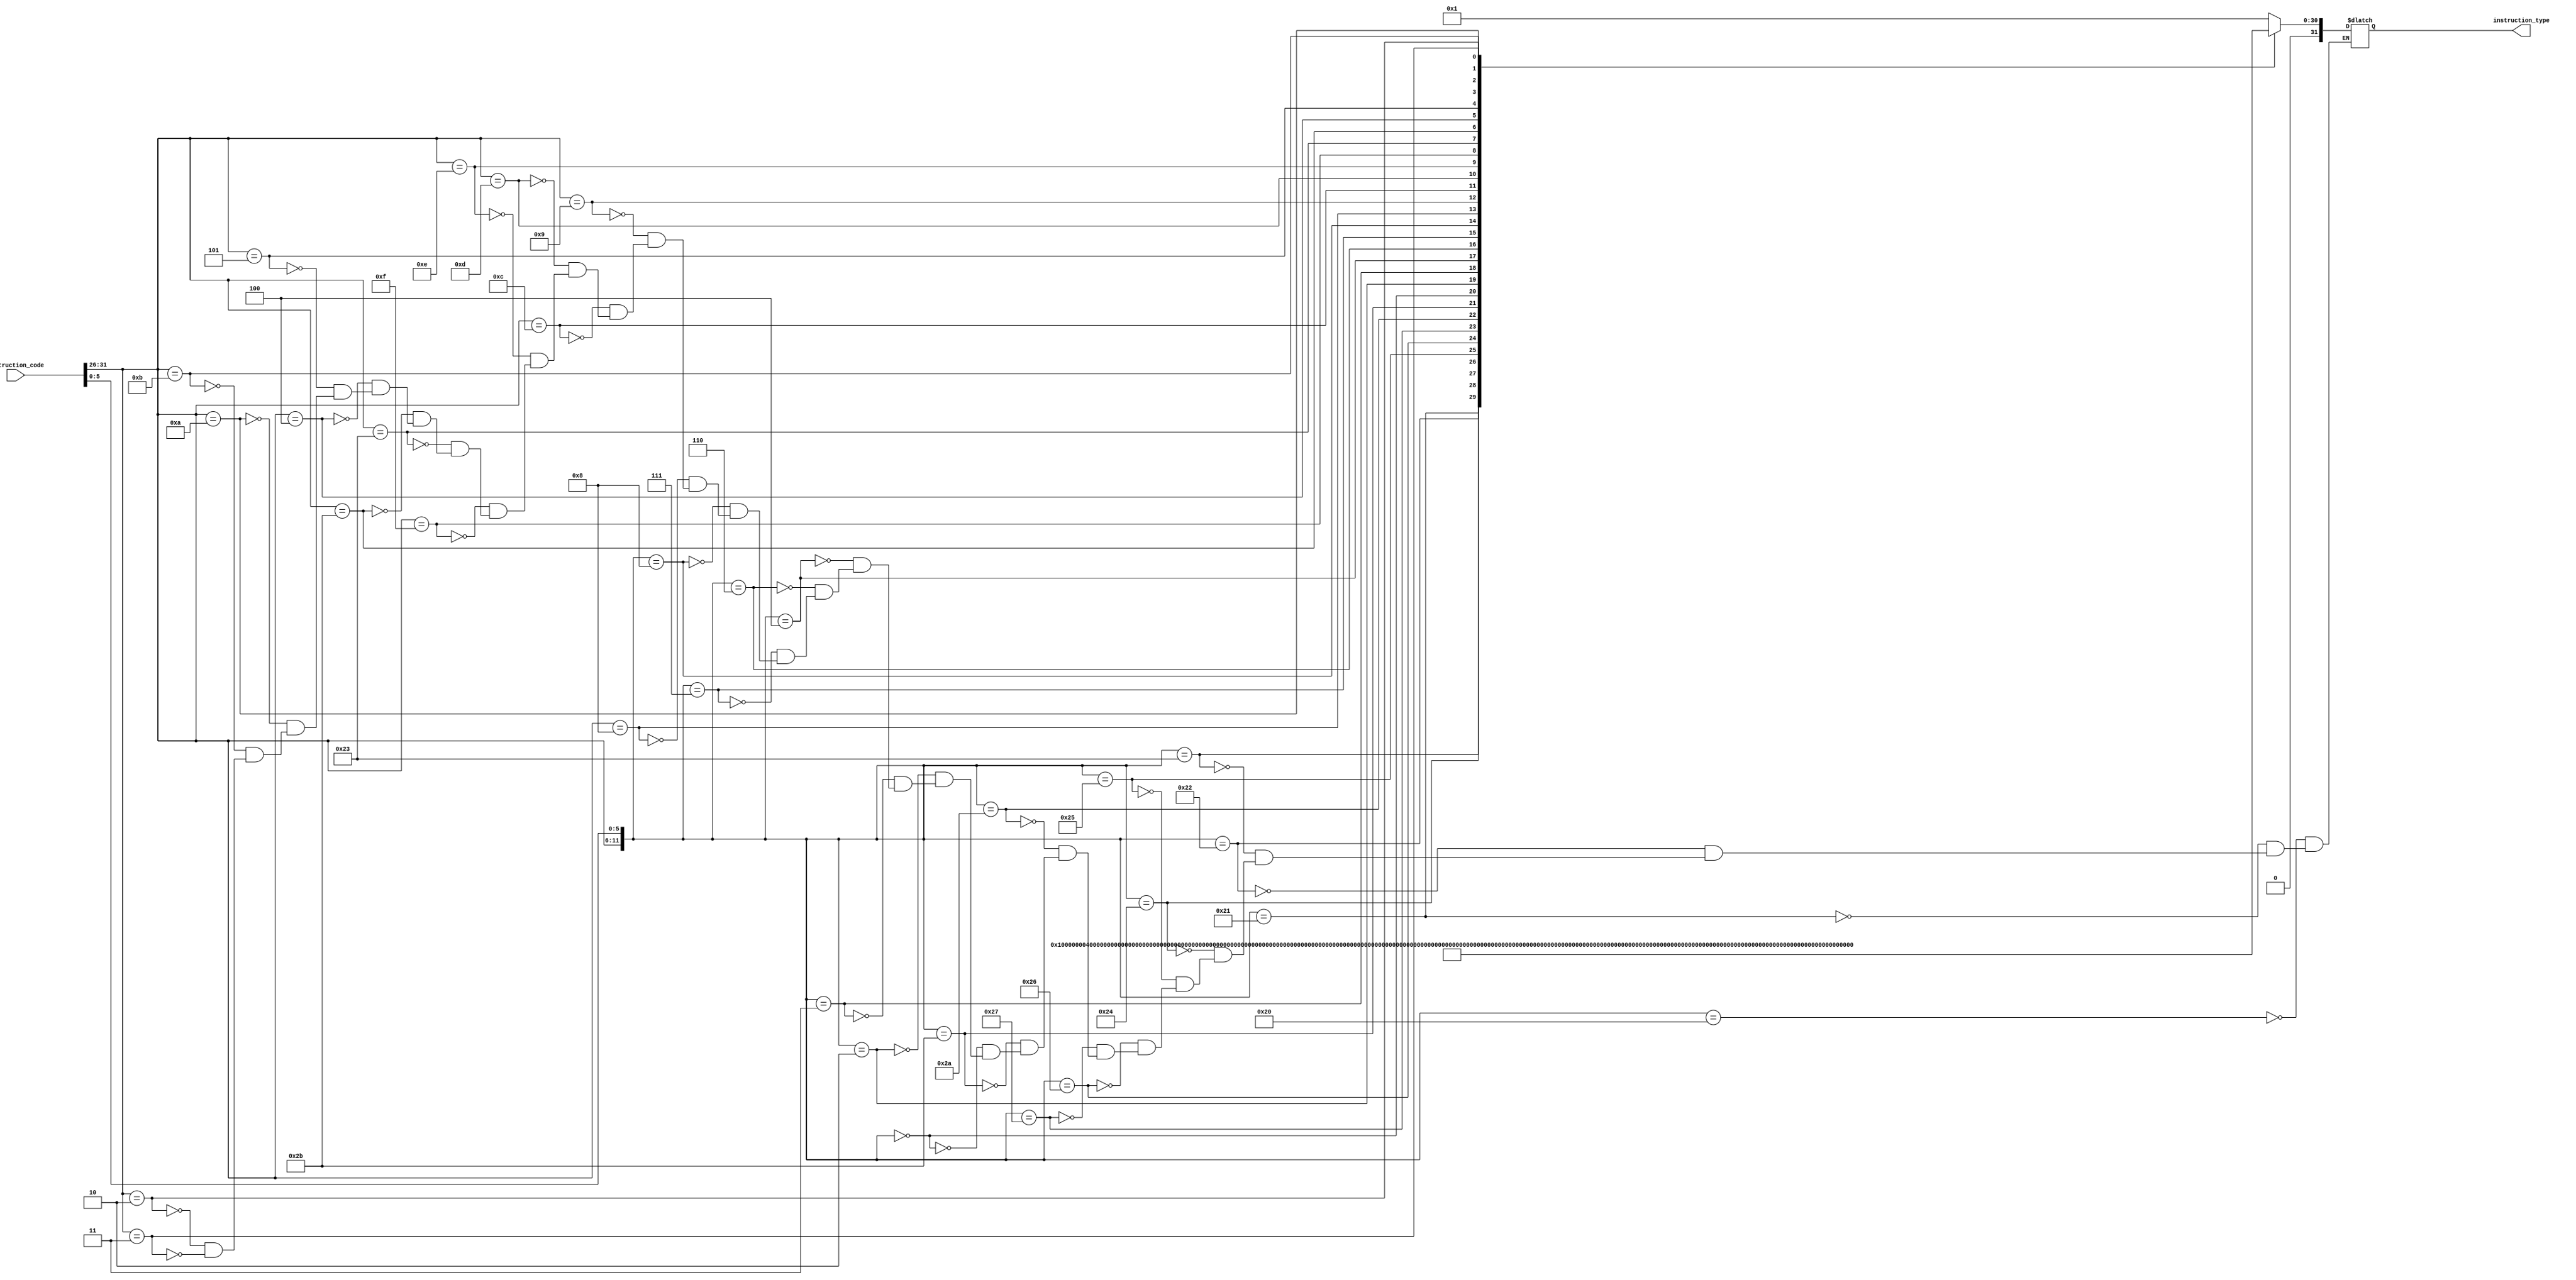
`timescale 1ns / 1ps
//////////////////////////////////////////////////////////////////////////////////
// Company: 
// Engineer: 
// 
// Design Name: 
// Module Name: instrcution_decoder
// Project Name: 
// Target Devices: 
// Tool Versions: 
// Description: 
// 
// Dependencies: 
// 
// Revision:
// Revision 0.01 - File Created
// Additional Comments:
// 
//////////////////////////////////////////////////////////////////////////////////


module instruction_decoder( input [31:0] instruction_code,output reg[31:0] instruction_type);
//
wire [11:0] temp;
assign temp = {instruction_code[31:26],instruction_code[5:0]};
//32~26op5~0func321

always @ (temp) begin
casez(temp)
   12'b000000100000:instruction_type=1<<0;//ADD
   12'b000000100001:instruction_type=1<<1;//ADDU
   12'b000000100010:instruction_type=1<<2;//SUB
   12'b000000100011:instruction_type=1<<3;//SUBU
   12'b000000100100:instruction_type=1<<4;//AND
   12'b000000100101:instruction_type=1<<5;//OR
   12'b000000100110:instruction_type=1<<6;//XOR
   12'b000000100111:instruction_type=1<<7;//NOR
   12'b000000101010:instruction_type=1<<8;//SLT
   12'b000000101011:instruction_type=1<<9;//SLTU
   12'b000000000000:instruction_type=1<<10;//SLL
   12'b000000000010:instruction_type=1<<11;//SRL
   12'b000000000011:instruction_type=1<<12;//SRA
   12'b000000000100:instruction_type=1<<13;//SLLV
   12'b000000000110:instruction_type=1<<14;//SRLV
   12'b000000000111:instruction_type=1<<15;//SRAV
   12'b000000001000:instruction_type=1<<16;//JR
   12'b001000??????:instruction_type=1<<17;//ADDI
   12'b001001??????:instruction_type=1<<18;//ADDIU
   12'b001100??????:instruction_type=1<<19;//ANDI
   12'b001101??????:instruction_type=1<<20;//ORI
   12'b001110??????:instruction_type=1<<21;//XORI
   12'b001111??????:instruction_type=1<<22;//LUI
   12'b100011??????:instruction_type=1<<23;//LW
   12'b101011??????:instruction_type=1<<24;//SW
   12'b000100??????:instruction_type=1<<25;//BEQ
   12'b000101??????:instruction_type=1<<26;//BNE
   12'b001010??????:instruction_type=1<<27;//SLTI
   12'b001011??????:instruction_type=1<<28;//SLTIU
   12'b000010??????:instruction_type=1<<29;//JL
   12'b000011??????:instruction_type=1<<30;//JAL
   default:;
   endcase
end

endmodule